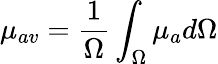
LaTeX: \mu_{av}=\frac{1}{\Omega}\int_{\Omega}\mu_{a}d\Omega